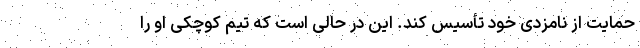
حمایت از نامزدی خود تأسیس کند. این در حالی است که تیم کوچکی او را